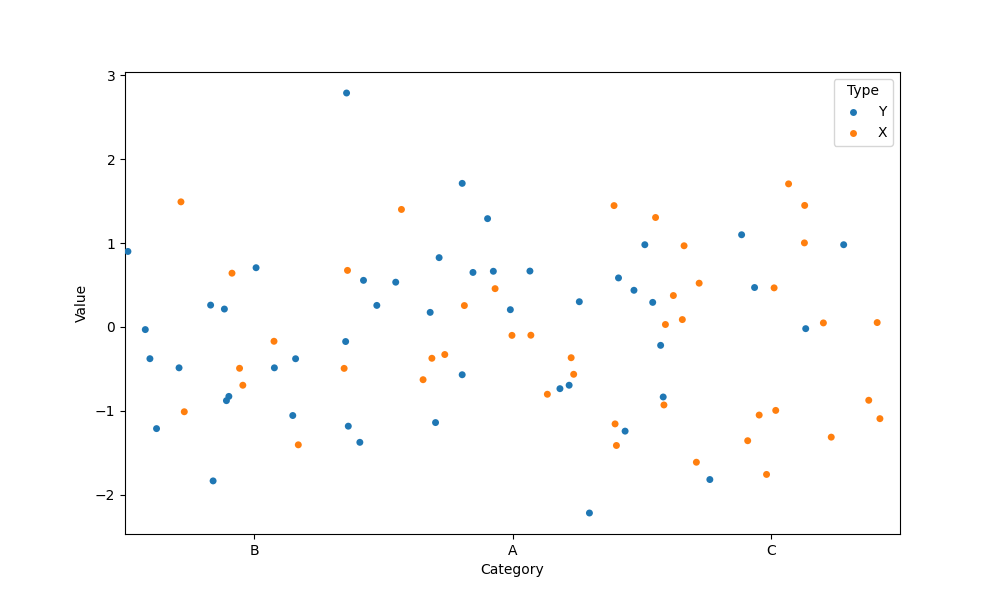
python, seaborn, stripplot, jitter=True, dodge=True, alpha=1.0, size=5